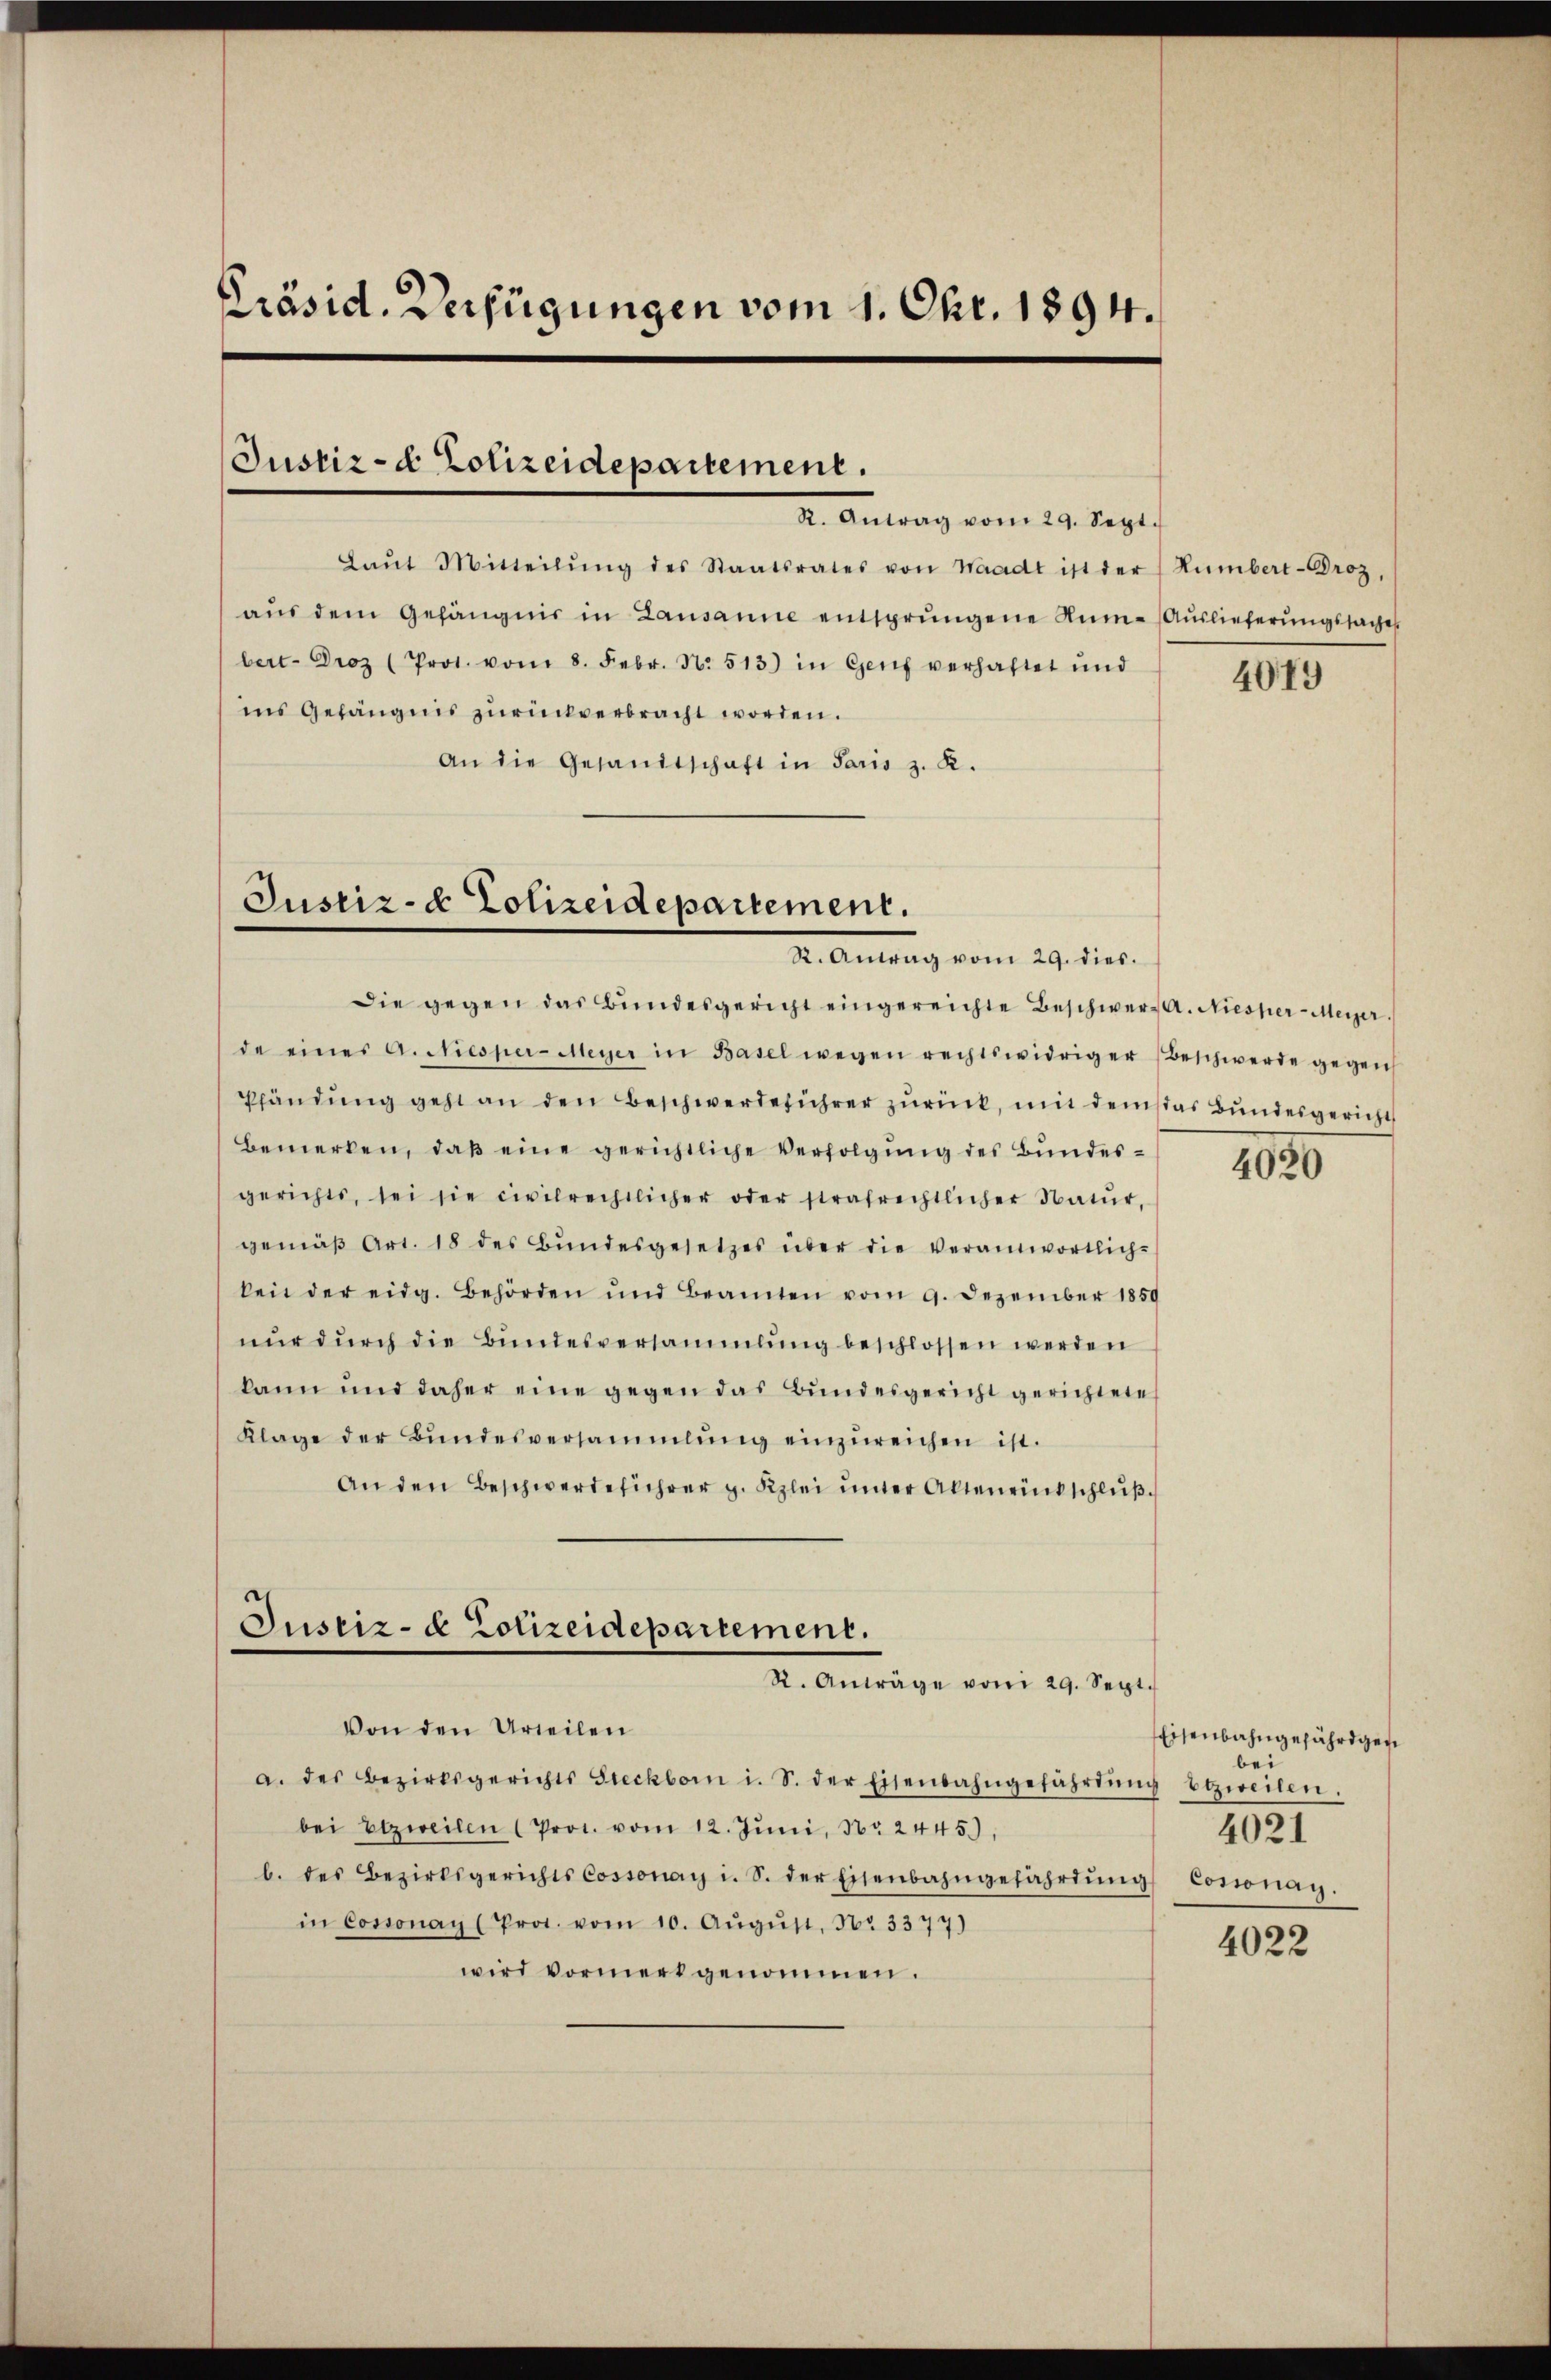
Präsid. Verfügungen vom 1. Opr. 1894.

Justiz- & Polizeidepartement.

Laŭt Mitteilŭng des Staatsrates von Waadt ist der (Rümbert-Broz,
aŭs dem Gefängnis in Lausanne entsprungene Rum- Auslieferungssache
ber- Droz (Prot. vom 8. Febr. N. 513) in Genf verhaftet und
ins Gefängnis zurückverbracht worden.
An die Gesandtschaft in Paris z. K.

Justiz- & Polizeidepartement.
X. Antrag vom 29. dies

Die gegen das Bŭndesgericht eingereichte Beschwer, A. Niesser-Meyer.
de eines A. Wiesper-Meyer in Basel wegen rechtswidriger Beschwerde gegen
Pändŭng geht an den Beschwerdeführer zurück, mit dem das Bundesgericht
Bemerken, daβ eine gerichtliche Verfolgung des Bundesgerichts, sei sie civilrechtlicher oder strafrechtlicher Natŭr,
gemäβ Art. 18 des Bŭndesgesetzes über die Verantwortlich-
keit der eidg. Behörden und Beamten vom 9. Dezember 1859
nur durch die Bundesversammlung beschlossen werden
kann und daher eine gegen das Bundesgericht gerichtete
Klage der Bŭndesversammlung einzŭreichen ist.
An den Beschwerdeführer z. Kzlei unter Altenrückschluß¬

I. Antrag vom 29. Sept.

Justiz- & Polizeidepartement.
R. Anträge vom 29. Sept.

Von den Urteilen
a. des Bezirksgerichts Steckborn i. S. der Eisenbahngefährtŭng Etzweilen.
bei Etzweilen (Prot. vom 12. Jŭni, Nr. 2445),
b. des Bezirksgerichts Cossonay i. S. der Eisenbahngefahrtŭng Cossonay.
in Cossonay (Prot. vom 10. Aŭgŭst No 3377)
wird vormerk genommen.

4079

4020

Eisenbahngejährigen
bei
4021

4022